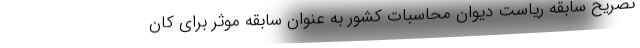
تصریح سابقه ریاست دیوان محاسبات کشور به عنوان سابقه موثر برای کان